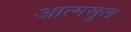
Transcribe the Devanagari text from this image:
आत्मसुख